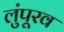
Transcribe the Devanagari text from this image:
लुंपूरव